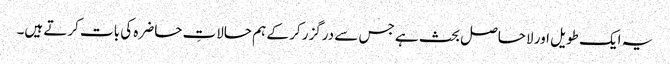
یہ ایک طویل اور لاحاصل بحث ہے جس سے درگزر کر کے ہم حالاتِ حاضرہ کی بات کرتے ہیں۔